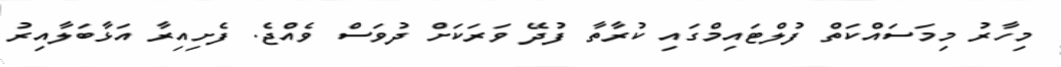
މިހާރު މިމަސައްކަތް ފުލްޓައިމްގައި ކުރާތާ ފުދޭ ވަރަކަށް ދުވަސް ވެއްޖެ. ފެށިއިރާ އަޅާބަލާއިރު